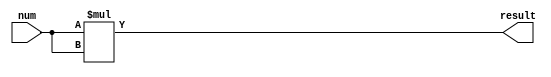
`timescale 1ns / 1ps


module N_bit_square_number(num, result);
    parameter n = 4;
    input [n-1:0] num;
    output reg [2*n-1:0] result;
    reg [2*n-1:0] r;
    
    always @(*) begin
        r = num * num;
        result = r;
    end
endmodule